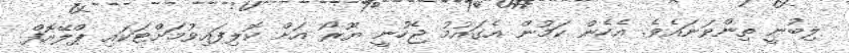
ލިބުނީ ތިންވަނައެވެ. އެހެން ކަމުން އެގައުމު ޖެހުނީ ޔޫރޯ އަށް ކޮލިފައިވުމަށްޓަކައި ޕްލޭއޮފް